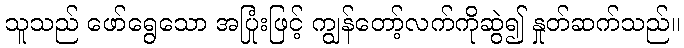
သူသည် ဖော်ရွေသော အပြုံးဖြင့် ကျွန်တော့်လက်ကိုဆွဲ၍ နှုတ်ဆက်သည်။